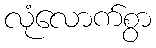
လုံလောက်စွာ